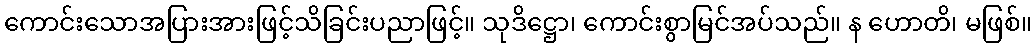
ကောင်းသောအပြားအားဖြင့်သိခြင်းပညာဖြင့်။ သုဒိဋ္ဌော၊ ကောင်းစွာမြင်အပ်သည်။ န ဟောတိ၊ မဖြစ်။